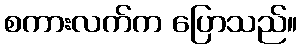
စကားလက်က ပြောသည်။